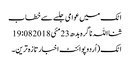
اٹک میں عوامی جلسے سے خطاب
ثنااللہ ناگرہ بدھ 23 مئی 2018 19:08
اٹک (اُردوپوائنٹ اخبارتازہ ترین۔